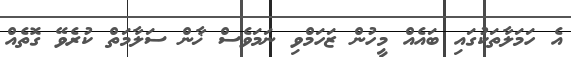
އެ ހަމަލާތަކުގައި ބައެއް މީހުުން ޒަހަމްވި ނަމަވެސް ޚާން ސަލާމަތް ކުރެވޭ ގޮތެއް